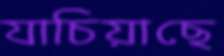
যাচিয়াছে